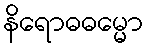
နိရောဓဓမ္မော